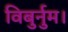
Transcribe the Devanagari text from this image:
विबुर्नुम।